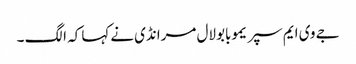
جے وی ایم سپریموبابولال مرانڈی نےکہا کہ الگ ۔